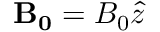
\mathbf { B _ { 0 } } = B _ { 0 } \hat { z }